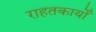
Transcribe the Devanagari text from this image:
राहतकार्यों